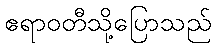
ဧရာဝတီသို့ပြောသည်